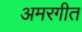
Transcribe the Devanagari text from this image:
अमरगीत